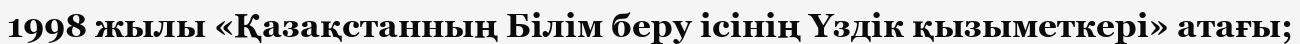
1998 жылы «Қазақстанның Білім беру ісінің Үздік қызыметкері» атағы;